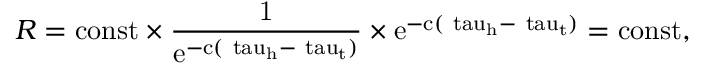
R = \mathrm { { c o n s t } \times \frac { 1 } { e ^ { - c ( \ t a u _ { h } - \ t a u _ { t } ) } } \times e ^ { - c ( \ t a u _ { h } - \ t a u _ { t } ) } = \mathrm { { c o n s t } , } }